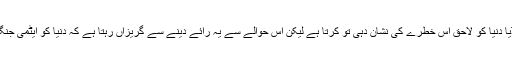
بدقسمتی یہ ہے کہ امریکا سمیت مغربی ملکوں کا میڈیا دنیا کو لاحق اس خطرے کی نشان دہی تو کرتا ہے لیکن اس حوالے سے یہ رائے دینے سے گریزاں رہتا ہے کہ دنیا کو ایٹمی جنگ سے دوچار کرنے والا ملک بھارت ہے یا پاکستان؟